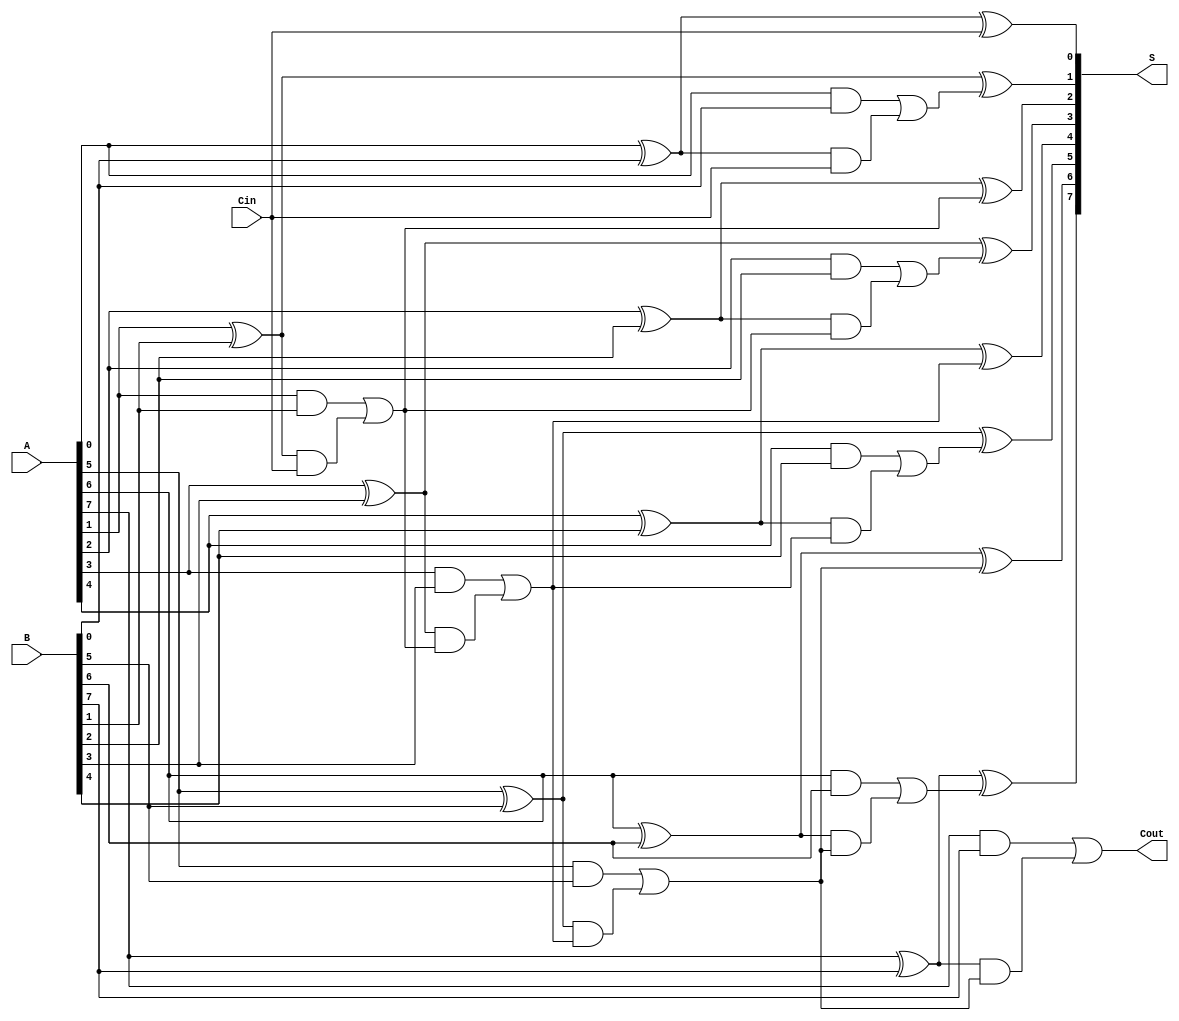
module sklansky_adder #(parameter n = 8) (
    input  [n-1:0] A,      // First operand
    input  [n-1:0] B,      // Second operand
    input          Cin,     // Carry-in
    output [n-1:0] S,      // Sum output
    output         Cout     // Carry-out
);

    wire [n-1:0] P;        // Propagate signals
    wire [n-1:0] G;        // Generate signals
    wire [n:0] C;          // Carry signals, C[0] is Cin
    
    // Generate and Propagate calculations
    genvar i;
    generate
        for (i = 0; i < n; i = i + 1) begin : gen_prop
            assign G[i] = A[i] & B[i];
            assign P[i] = A[i] ^ B[i];
        end
    endgenerate

    // Carry computation using Sklansky structure
    assign C[0] = Cin; // Initial carry-in

    // Level 1 (Pairs)
    generate
        for (i = 0; i < n/2; i = i + 1) begin : level_1
            assign C[2*i + 1] = G[2*i] | (P[2*i] & C[2*i]);
            assign C[2*i + 2] = G[2*i + 1] | (P[2*i + 1] & C[2*i]);
        end
    endgenerate

    // Level 2 (Groups of Four)
    generate
        for (i = 0; i < n/4; i = i + 1) begin : level_2
            assign C[4*i + 3] = G[4*i + 2] | (P[4*i + 2] & C[4*i + 2]);
            assign C[4*i + 4] = G[4*i + 3] | (P[4*i + 3] & C[4*i + 2]);
        end
    endgenerate

    // Level 3 (Groups of Eight)
    generate
        if (n > 8) begin
            for (i = 0; i < n/8; i = i + 1) begin : level_3
                assign C[8*i + 7] = G[8*i + 6] | (P[8*i + 6] & C[8*i + 6]);
                assign C[8*i + 8] = G[8*i + 7] | (P[8*i + 7] & C[8*i + 6]);
            end
        end
    endgenerate

    // Final carry-out
    assign Cout = C[n];

    // Sum calculation
    generate
        for (i = 0; i < n; i = i + 1) begin : sum_calc
            assign S[i] = P[i] ^ C[i]; // Sum bits
        end
    endgenerate

endmodule